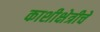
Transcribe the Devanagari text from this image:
काशीक्षेत्रीचे